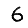
Digit: 6